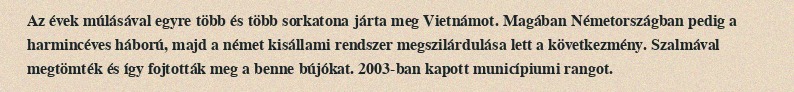
Az évek múlásával egyre több és több sorkatona járta meg Vietnámot. Magában Németországban pedig a harmincéves háború, majd a német kisállami rendszer megszilárdulása lett a következmény. Szalmával megtömték és így fojtották meg a benne bújókat. 2003-ban kapott municípiumi rangot.